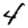
Digit: 4